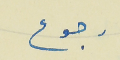
رجوع